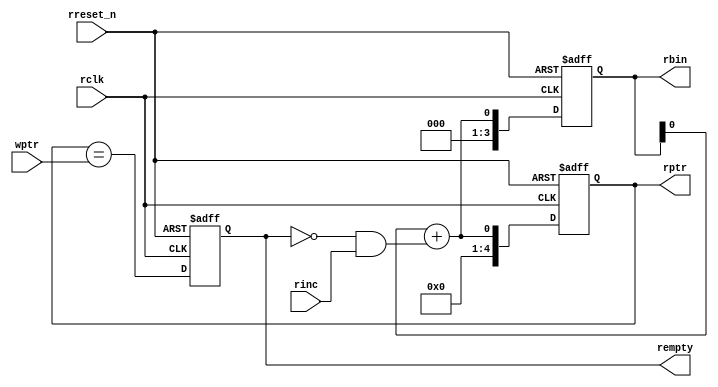
module  read_empty #(parameter ADDRESS_SIZE =4) (
  input [ADDRESS_SIZE:0] wptr,
input rclk,
input rreset_n,
  input rinc,
  output reg [ADDRESS_SIZE-1:0] rbin,
  output reg [ADDRESS_SIZE:0] rptr,
output reg rempty);
  
  assign rbin_reg = rbin + (!rempty & rinc);
  assign rgray_next = (rbin_reg >> 1) ^ rbin_reg;
  assign empty= (rptr==wptr);
  
  always @(posedge rclk or negedge rreset_n) begin
    if(!rreset_n) begin
      rbin<=0;
      rptr<=0;
      rempty<=1'b0;
    end
    else begin
      rbin <= rbin_reg;
      rptr<=rgray_next;
      rempty<=empty;
      
    end
  end
    
endmodule